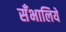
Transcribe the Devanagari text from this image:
सँभालिये